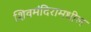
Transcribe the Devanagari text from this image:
शिवमंदिरामधील